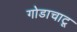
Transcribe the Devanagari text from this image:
गोडाचाटू